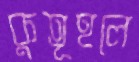
কুতূহলে